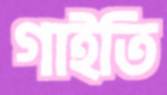
গাইতি